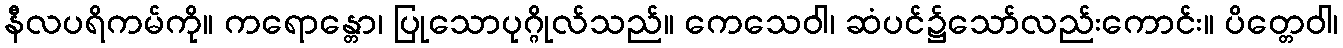
နီလပရိကမ်ကို။ ကရောန္တော၊ ပြုသောပုဂ္ဂိုလ်သည်။ ကေသေဝါ၊ ဆံပင်၌သော်လည်းကောင်း။ ပိတ္တေဝါ၊